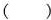
( )